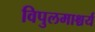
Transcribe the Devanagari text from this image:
विपुलमाश्चर्य